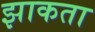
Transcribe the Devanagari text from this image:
झाकता